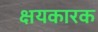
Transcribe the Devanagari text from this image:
क्षयकारक